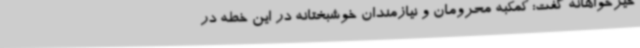
خیرخواهانه گفت: کمکبه محرومان و نیازمندان خوشبختانه در این خطه در